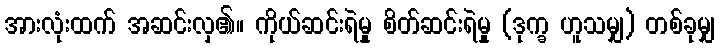
အားလုံးထက် အဆင်းလှ၏။ ကိုယ်ဆင်းရဲမှု စိတ်ဆင်းရဲမှု (ဒုက္ခ ဟူသမျှ) တစ်ခုမျှ